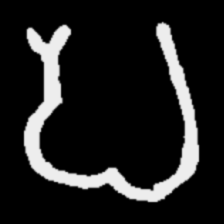
Pyu character \u2014 Myanmar letter: ပ (romanized: pa)